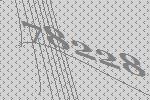
78228